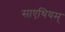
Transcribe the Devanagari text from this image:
साएथियम्‌